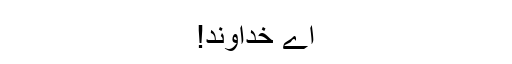
اے خداوند!